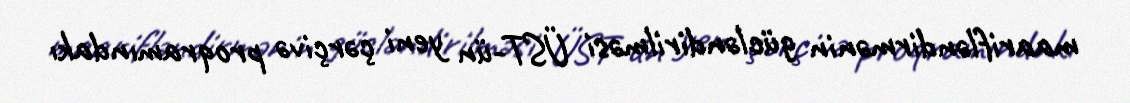
maarifləndirmənin gücləndirilməsi ÜST-ün yeni çərçivə proqramındakı